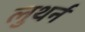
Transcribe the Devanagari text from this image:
लुथर्न